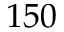
1 5 0